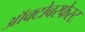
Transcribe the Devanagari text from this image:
ऑक्टोबरफेस्ट